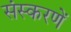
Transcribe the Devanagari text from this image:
संस्करणें